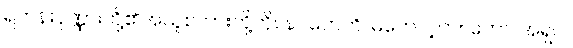
ရဟန်းပုဏ္ဏားတို့၏အယူစကားတို့ကို။ နပိဟေတိ၊ မတောင့်တ။ ဘော၊ အရှင်။